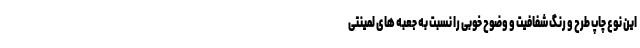
این نوع چاپ طرح و رنگ شفافیت و وضوح خوبی را نسبت به جعبه های لمینتی